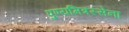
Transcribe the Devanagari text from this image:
पुण्यमित्रस्सेना